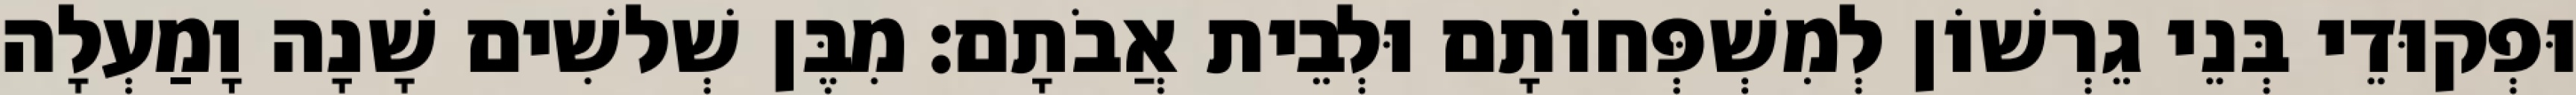
וּפְקוּדֵי בְּנֵי גֵרְשׁוֹן לְמִשְׁפְּחוֹתָם וּלְבֵית אֲבֹתָם׃ מִבֶּן שְׁלשִׁים שָׁנָה וָמַעְלָה